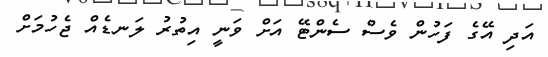
އަދި އޭގެ ފަހުން ވެސް ސެންޓޭ އަށް ވަނީ އިތުރު ލަނޑެއް ޖެހުމަށް